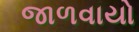
જાળવાયો